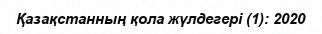
Қазақстанның қола жүлдегері (1): 2020